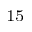
^ { 1 5 }